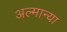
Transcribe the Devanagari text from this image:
अल्मान्या